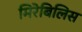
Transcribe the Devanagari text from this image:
मिरेबिलिस